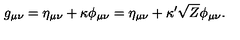
g _ { \mu \nu } = \eta _ { \mu \nu } + \kappa \phi _ { \mu \nu } = \eta _ { \mu \nu } + \kappa ^ { \prime } \sqrt { Z } \phi _ { \mu \nu } .